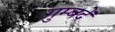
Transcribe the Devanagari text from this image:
गुम्बदें